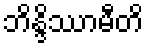
ဘိန္ဒိဿာမီတိ